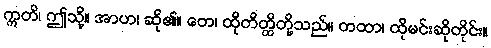
ဣတိ၊ ဤသို့။ အာဟ၊ ဆို၏။ တေ၊ ထိုတိတ္ထိတို့သည်။ တထာ၊ ထိုမင်းဆိုတိုင်း။